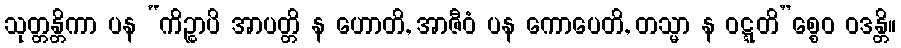
သုတ္တန္တိကာ ပန “ကိဉ္စာပိ အာပတ္တိ န ဟောတိ, အာဇီဝံ ပန ကောပေတိ, တသ္မာ န ဝဋ္ဋတိ”စ္စေဝ ဝဒန္တိ။